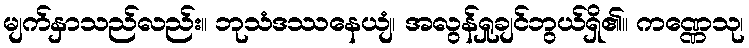
မျက်နှာသည်လည်း။ ဘုသံဒဿနေယျံ၊ အလွန်ရှုချင်ဘွယ်ရှိ၏။ ကဏ္ဏေသု၊